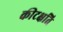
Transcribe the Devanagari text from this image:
कीटक्षति